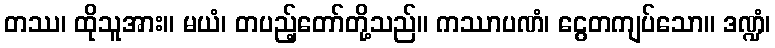
တဿ၊ ထိုသူအား။ မယံ၊ တပည့်တော်တို့သည်။ ကဿာပဏံ၊ ငွေတကျပ်သော။ ဒဏ္ဍံ၊